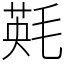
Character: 㲟